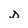
Character: D